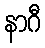
နာဂီ